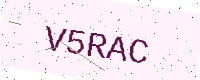
Text: V5RAC